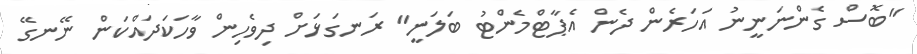
"ބޮސް ގެންނަނީނު އަހަރެން ދެން އެޕާޓްމެންޓު ބަލަނީ" ރަނގަޅަށް ދިވެހިން ވާހަކަދައްކަން ނޭނގޭ